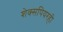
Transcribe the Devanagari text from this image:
शेक्सपियरही